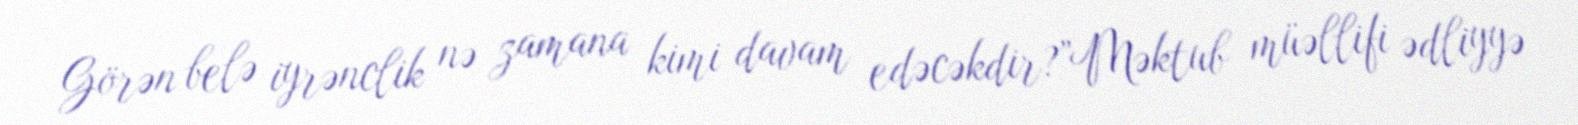
Görən belə iyrənclik nə zamana kimi davam edəcəkdir?”Məktub müəllifi ədliyyə